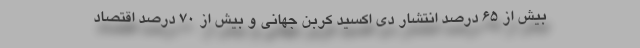
بیش از ۶۵ درصد انتشار دی اکسید کربن جهانی و بیش از ۷۰ درصد اقتصاد